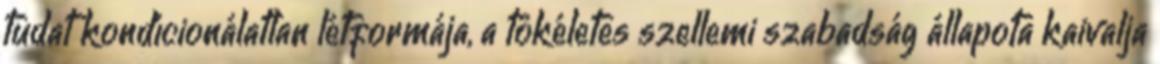
tudat kondícionálatlan létformája, a tökéletes szellemi szabadság állapota kaivalja